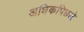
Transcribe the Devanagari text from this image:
अधिकपिछले